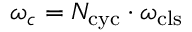
\omega _ { c } = N _ { \mathrm { c y c } } \cdot \omega _ { \mathrm { c l s } }